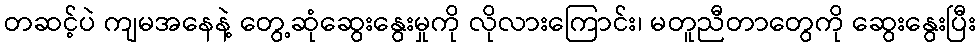
တဆင့်ပဲ ကျမအနေနဲ့ တွေ့ဆုံဆွေးနွေးမှုကို လိုလားကြောင်း၊ မတူညီတာတွေကို ဆွေးနွေးပြီး